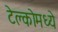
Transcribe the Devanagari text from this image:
टेल्कोमध्ये